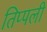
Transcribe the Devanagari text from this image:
तिप्पली